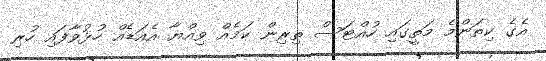
އެގެ ކިތަންމެ މަތީގައި ހުއްޓަސް ތިރިން ކަމެއް ވިއްޔާ އެއަޑެއް ހުޅުވާފައި ހުރި